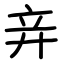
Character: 竎